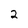
Character: 2